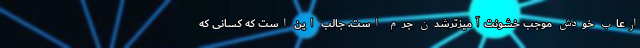
ارعاب خودش موجب خشونت‌آمیز‌تر‌شدن جرم است. جالب این است که کسانی که